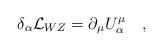
LaTeX: \begin{align*}\delta _\alpha {\cal L}_{WZ}=\partial _\mu U_\alpha ^\mu \quad,\end{align*}